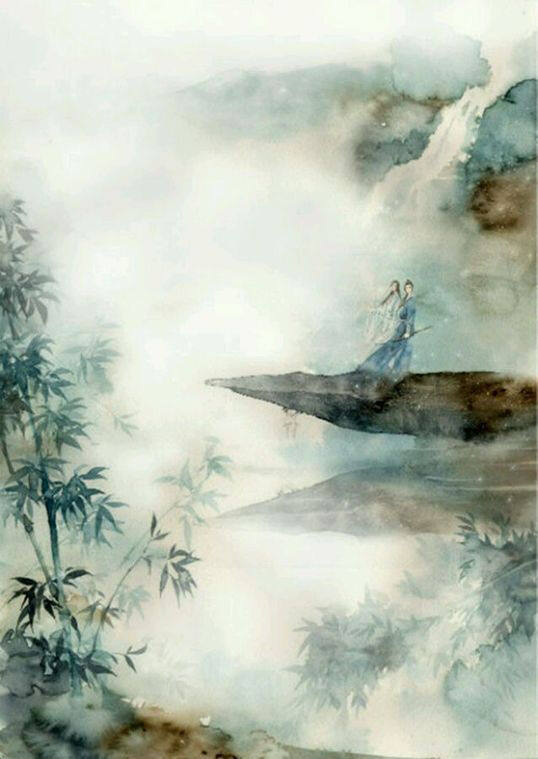
客醉倚河桥，清光愁玉箫。